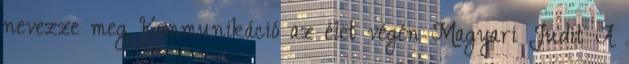
nevezze meg Kommunikáció az élet végén Magyari Judit A